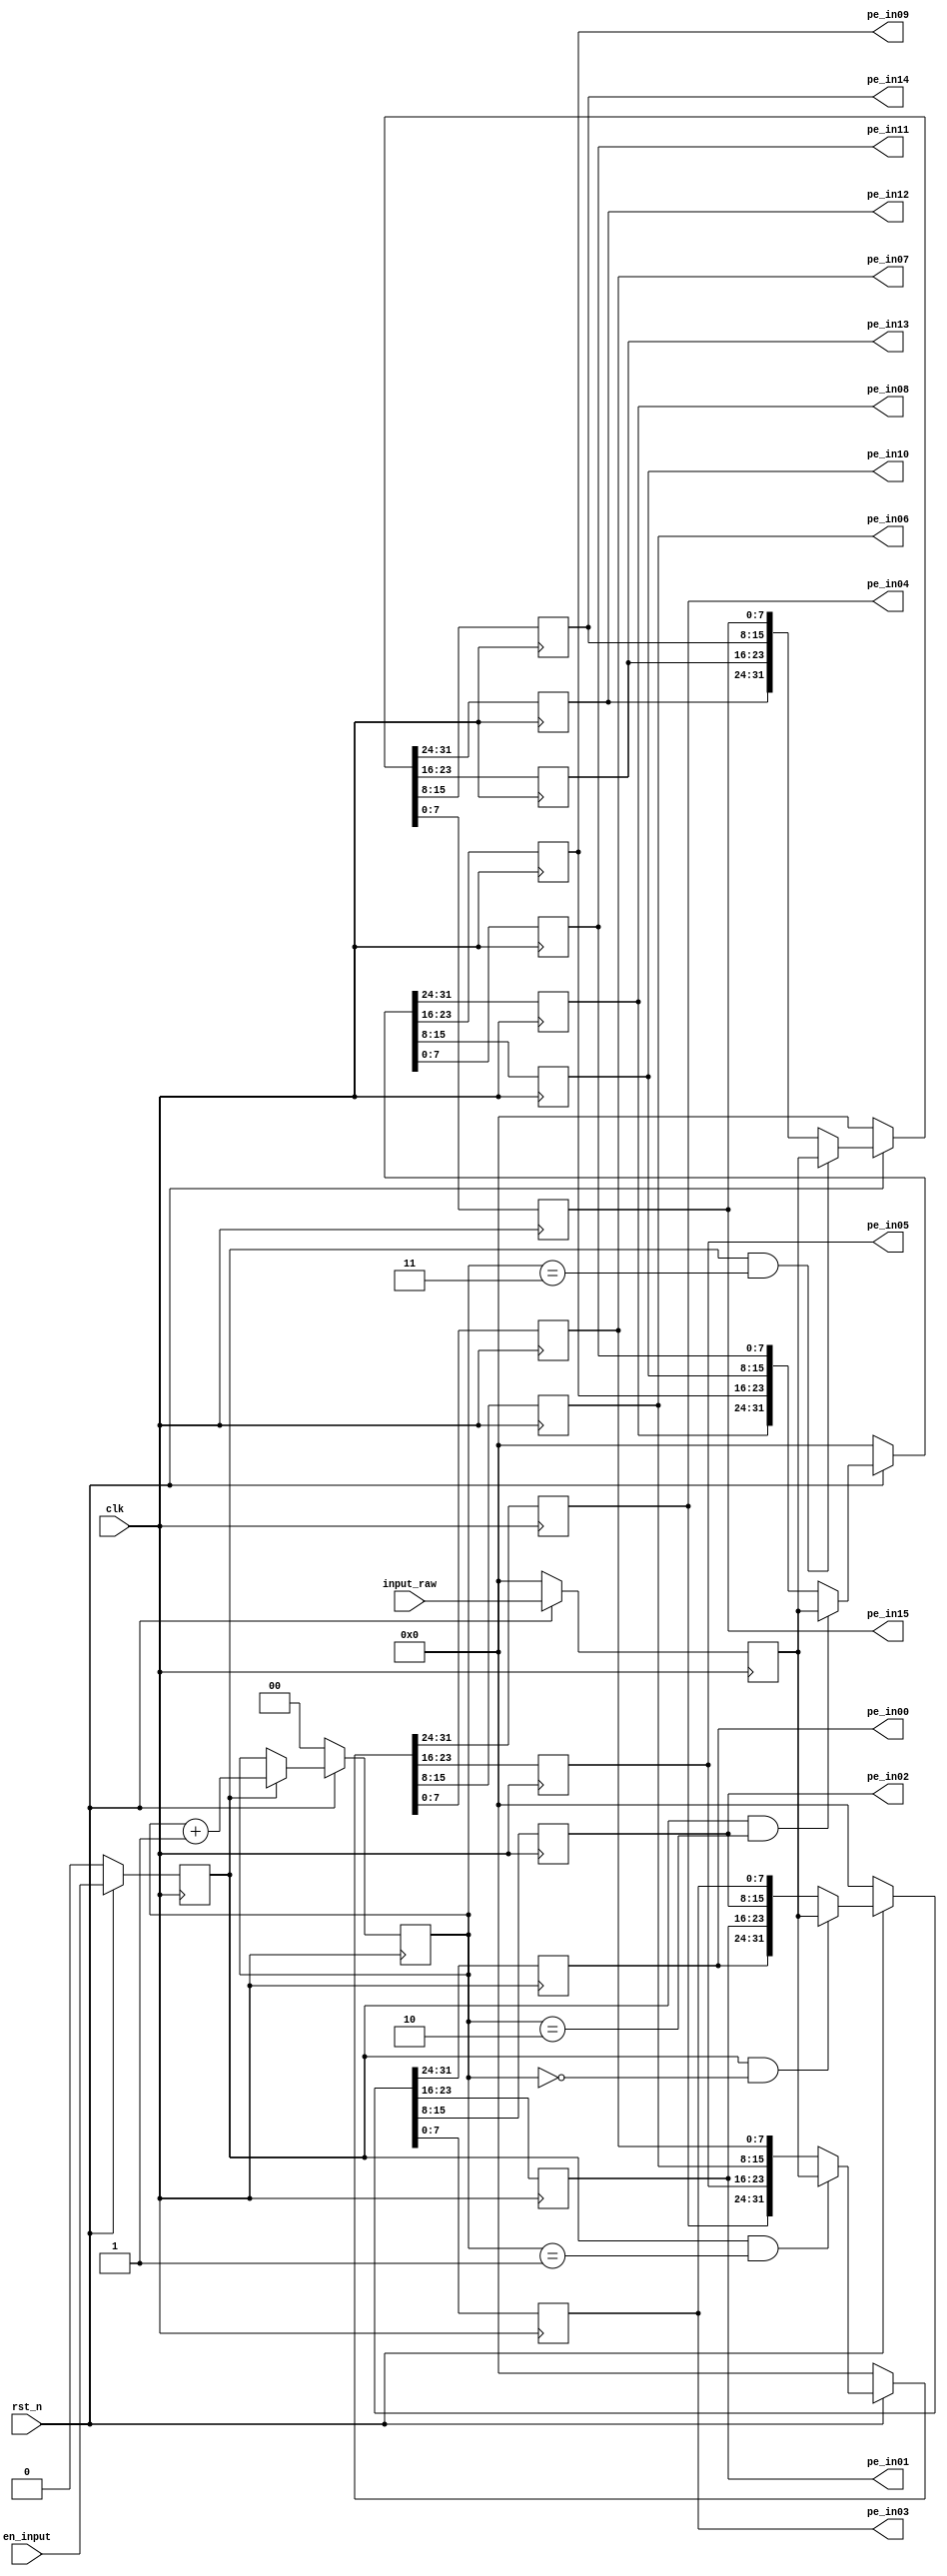
/**************************************************************** 
  ** Title : 4*4*8bit register
  ** Project :  full-search block matching algorithm on VLSI
***************************************************************** 
  ** Organization: sjtu
  ** Created :  
  ** Last update : 
  ** Platform : 
  ** Simulators : 
  ** Synthesizers: 
  ** Targets : 
  ** Dependency :  
***************************************************************** 
  ** Description:  
***************************************************************** 
  ** Copyright (c) notice  
*****************************************************************/ 
module mem448
#(
    parameter   WORD_WIDETH =   8
)
(
    input                                   clk,
    input       [WORD_WIDETH*4-1:0]         input_raw,
    input                                   en_input,
    input                                   rst_n,
    output reg  [WORD_WIDETH-1:0]           pe_in00,
    output reg  [WORD_WIDETH-1:0]           pe_in01,
    output reg  [WORD_WIDETH-1:0]           pe_in02,
    output reg  [WORD_WIDETH-1:0]           pe_in03,
    output reg  [WORD_WIDETH-1:0]           pe_in04,
    output reg  [WORD_WIDETH-1:0]           pe_in05,
    output reg  [WORD_WIDETH-1:0]           pe_in06,
    output reg  [WORD_WIDETH-1:0]           pe_in07,
    output reg  [WORD_WIDETH-1:0]           pe_in08,
    output reg  [WORD_WIDETH-1:0]           pe_in09,
    output reg  [WORD_WIDETH-1:0]           pe_in10,
    output reg  [WORD_WIDETH-1:0]           pe_in11,
    output reg  [WORD_WIDETH-1:0]           pe_in12,
    output reg  [WORD_WIDETH-1:0]           pe_in13,
    output reg  [WORD_WIDETH-1:0]           pe_in14,
    output reg  [WORD_WIDETH-1:0]           pe_in15
);

reg [1:0]               input_counter;
reg                     en_input_delay;
reg [WORD_WIDETH*4-1:0]   input_raw_delay;

always @ (posedge clk) // dalay for one cycle to prevent too early change the output
begin
    if(rst_n) 
    begin
        en_input_delay <= en_input;
        input_raw_delay <= input_raw;
    end
    else
    begin
        en_input_delay <= 0;
        input_raw_delay <= 32'b0;
    end
end

always @ (posedge clk)
begin
    if(rst_n)
    begin
        input_counter <= en_input_delay ? input_counter + 2'b01 : input_counter;
    end
    else
    begin
        input_counter <= 2'b0;
    end
end
//0
always @ (posedge clk)
begin
    if(rst_n)
    begin
        if(en_input_delay && input_counter == 2'b00) {pe_in00, pe_in01, pe_in02, pe_in03} <= input_raw_delay;
        else {pe_in00, pe_in01, pe_in02, pe_in03} <= {pe_in00, pe_in01, pe_in02, pe_in03};
    end
    else
    begin
        {pe_in00, pe_in01, pe_in02, pe_in03} <= 32'b0;
    end
end
//1
always @ (posedge clk)
begin
    if(rst_n)
    begin
        if(en_input_delay && input_counter == 2'b01) {pe_in04, pe_in05, pe_in06, pe_in07} <= input_raw_delay;
        else {pe_in04, pe_in05, pe_in06, pe_in07} <= {pe_in04, pe_in05, pe_in06, pe_in07};
    end
    else
    begin
        {pe_in04, pe_in05, pe_in06, pe_in07} <= 32'b0;
    end
end
//2
always @ (posedge clk)
begin
    if(rst_n)
    begin
        if(en_input_delay && input_counter == 2'b10) {pe_in08, pe_in09, pe_in10, pe_in11} <= input_raw_delay;
        else {pe_in08, pe_in09, pe_in10, pe_in11} <= {pe_in08, pe_in09, pe_in10, pe_in11};
    end
    else
    begin
        {pe_in08, pe_in09, pe_in10, pe_in11} <= 32'b0;
    end
end
//3
always @ (posedge clk)
begin
    if(rst_n)
    begin
        if(en_input_delay && input_counter == 2'b11) {pe_in12, pe_in13, pe_in14, pe_in15} <= input_raw_delay;
        else {pe_in12, pe_in13, pe_in14, pe_in15} <= {pe_in12, pe_in13, pe_in14, pe_in15};
    end
    else
    begin
        {pe_in12, pe_in13, pe_in14, pe_in15} <= 32'b0;
    end
end

endmodule